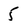
Character: 5